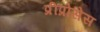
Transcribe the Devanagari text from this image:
प्रीप्रोसेस